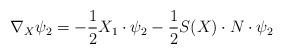
LaTeX: \begin{align*}\nabla_X\psi_2=-\frac{1}{2}X_1\cdot\psi_2-\frac{1}{2}S(X)\cdot N\cdot\psi_2\end{align*}